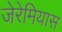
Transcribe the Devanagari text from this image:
जेरेमियास